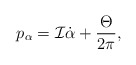
\begin{align*}p_{\alpha }={\cal I}\dot{\alpha}+\frac{\Theta}{2\pi},\end{align*}